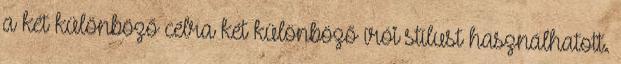
a két különböző célra két különböző írói stílust használhatott.